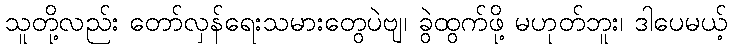
သူတို့လည်း တော်လှန်ရေးသမားတွေပဲဗျ၊ ခွဲထွက်ဖို့ မဟုတ်ဘူး၊ ဒါပေမယ့်